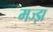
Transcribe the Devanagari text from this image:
मज्झ